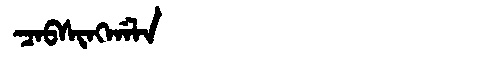
Manchu: ᠴᠠᠪᠰᡳᠩᡤᠠᠯᠠ
Romanization: CABSINGGALA